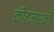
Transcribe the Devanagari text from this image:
कीटमारकों